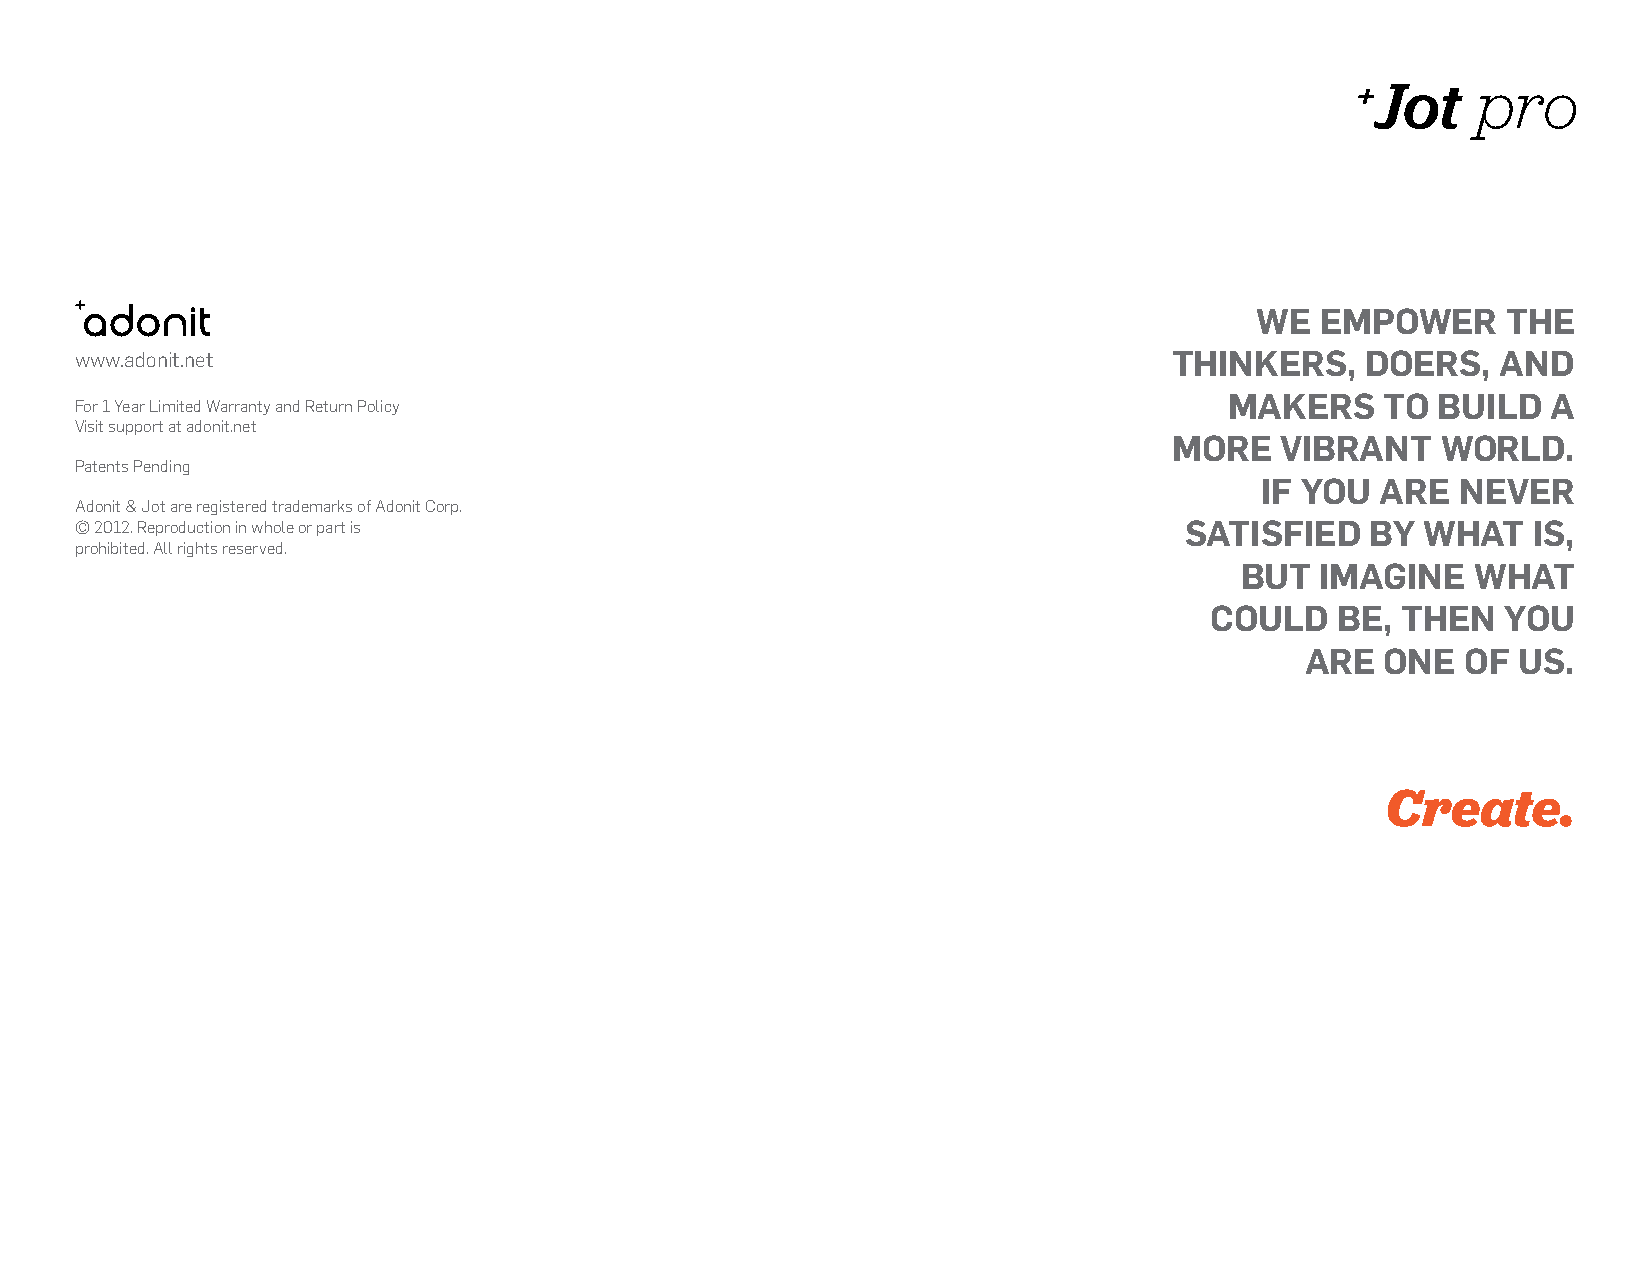
+Jot    pro
 We  empoWer      the
 www.adonit.net                                                           thinkers,   doers,   and
 makers     to build   a
 For 1 Year Limited Warranty and Return Policy
 Visit support at adonit.net
 more   vibrant   World.
 Patents Pending
 if you  are   never
 Adonit & Jot are registered trademarks of Adonit Corp.
 © 2012. Reproduction in whole or part is                                 satisfied    by What   is,
 prohibited. All rights reserved.
 but  imagine    What
 could   be,  then   you
 are   one  of us.
 Create.